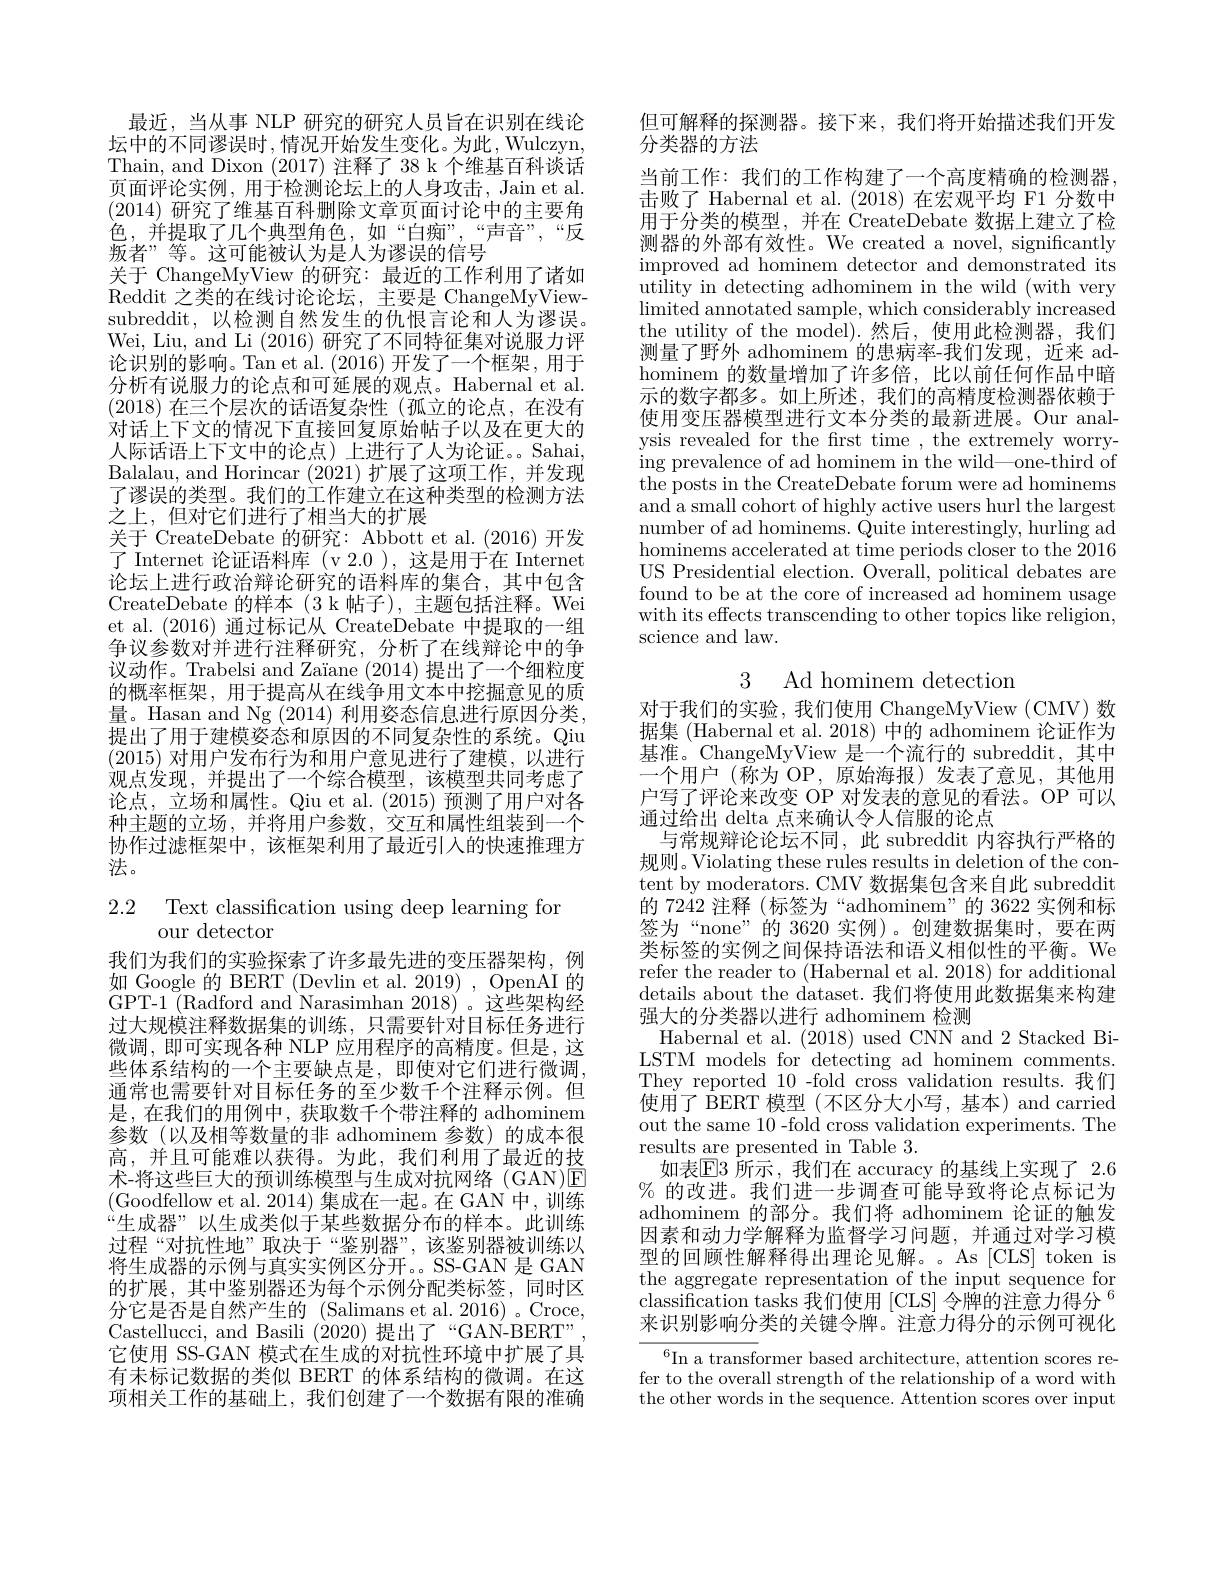
最近，当从事 NLP 研究的研究人员旨在识别在线论坛中的不同谬误时，情况开始发生变化。为此，Wulczyn, Thain, and Dixon (2017)注释了 38 k 个维基百科谈话页面评论实例，用于检测论坛上的人身攻击，Jain et al. (2014)研究了维基百科删除文章页面讨论中的主要角色，并提取了几个典型角色，如“白痴”,“声音”,“反叛者”等。这可能被认为是人为谬误的信号
关于 ChangeMyView 的研究：最近的工作利用了诸如Reddit 之类的在线讨论论坛，主要是 ChangeMyViewsubreddit, 以检测自然发生的仇恨言论和人为谬误。Wei, Liu, and Li (2016) 研究了不同特征集对说服力评论识别的影响。Tan et al.(2016)开发了一个框架，用于分析有说服力的论点和可延展的观点。Habernal et al. (2018)在三个层次的话语复杂性 (孤立的论点，在没有对话上下文的情况下直接回复原始帖子以及在更大的人际话语上下文中的论点)上进行了人为论证。Sahai, Balalau, and Horincar (2021)扩展了这项工作，并发现了谬误的类型。我们的工作建立在这种类型的检测方法之上，但对它们进行了相当大的扩展
关于 CreateDebate 的研究：Abbott et al. (2016)开发了 Internet 论证语料库 (v 2.0 ), 这是用于在 Internet 论坛上进行政治辩论研究的语料库的集合，其中包含CreateDebate 的样本(3 k 帖子),主题包括注释。Wei et al.(2016) 通过标记从 CreateDebate 中提取的一组争议参数对并进行注释研究，分析了在线辩论中的争议动作。Trabelsi and Zaïane (2014)提出了一个细粒度的概率框架，用于提高从在线争用文本中挖掘意见的质量。Hasan and Ng (2014) 利用姿态信息进行原因分类， 提出了用于建模姿态和原因的不同复杂性的系统。Qiu (2015)对用户发布行为和用户意见进行了建模，以进行观点发现，并提出了一个综合模型，该模型共同考虑了论点，立场和属性。Qiu et al.(2015)预测了用户对各种主题的立场，并将用户参数，交互和属性组装到一个协作过滤框架中，该框架利用了最近引人的快速推理方法。

## 2.2 Text classification using deep learning for our detector

我们为我们的实验探索了许多最先进的变压器架构，例如 Google 的 BERT (Devlin et al. 2019) , OpenAI 的GPT-1 (Radford and Narasimhan 2018)。这些架构经过大规模注释数据集的训练，只需要针对目标任务进行微调，即可实现各种 NLP 应用程序的高精度。但是，这些体系结构的一个主要缺点是，即使对它们进行微调， 通常也需要针对目标任务的至少数千个注释示例。但是，在我们的用例中，获取数千个带注释的 adhominem 参数(以及相等数量的非 adhominem 参数)的成本很高，并且可能难以获得。为此，我们利用了最近的技术-将这些巨大的预训练模型与生成对抗网络(GAN)☑ (Goodfellow et al. 2014) 集成在一起。在 GAN 中，训练“生成器”以生成类似于某些数据分布的样本。此训练过程“对抗性地”取决于“鉴别器”,该鉴别器被训练以将生成器的示例与真实实例区分开。SS-GAN 是 GAN 的扩展，其中鉴别器还为每个示例分配类标签，同时区分它是否是自然产生的 (Salimans et al.2016) 。Croce, Castellucci, and Basili (2020)提出了“GAN-BERT” 它使用 SS-GAN 模式在生成的对抗性环境中扩展了具有未标记数据的类似 BERT 的体系结构的微调。在这项相关工作的基础上，我们创建了一个数据有限的准确

但可解释的探测器。接下来，我们将开始描述我们开发
分类器的方法
当前工作：我们的工作构建了一个高度精确的检测器， 击败了 Habernal et al.(2018)在宏观平均 F1 分数中用于分类的模型，并在 CreateDebate 数据上建立了检测器的外部有效性。We created a novel, significantly improved ad hominem detector and demonstrated its utility in detecting adhominem in the wild (with very $\operatorname*{limited}$ annotated sample, which considerably increased the utility of the model).然后，使用此检测器，我们测量了野外 adhominem 的患病率-我们发现，近来 adhominem 的数量增加了许多倍，比以前任何作品中暗示的数字都多。如上所述，我们的高精度检测器依赖于使用变压器模型进行文本分类的最新进展。Our analysis revealed for the first time , the extremely worrying prevalence of ad hominem in the wild—one-third of the posts in the CreateDebate forum were ad hominems and a small cohort of highly active users hurl the largest number of ad hominems. Quite interestingly, hurling ad hominems accelerated at time periods closer to the 2016 US Presidential election. Overall, political debates are found to be at the core of increased ad hominem usage with its effects transcending to other topics like religion, science and law.

3 Ad hominem detection

对于我们的实验，我们使用 ChangeMyView(CMV)数据集 (Habernal et al. 2018) 中的 adhominem 论证作为基准。ChangeMyView 是一个流行的 subreddit, 其中一个用户 (称为 OP,原始海报)发表了意见，其他用户写了评论来改变 OP 对发表的意见的看法。OP 可以通过给出 delta 点来确认令人信服的论点
与常规辩论论坛不同，此 subreddit 内容执行严格的规则。Violating these rules results in deletion of the content by moderators. CMV 数据集包含来自此 subreddit 的 7242 注释 (标签为“adhominem”的 3622 实例和标签为“none”的 3620 实例)。创建数据集时，要在两类标签的实例之间保持语法和语义相似性的平衡。We refer the reader to (Habernal et al. 2018) for additional details about the dataset. 我们将使用此数据集来构建强大的分类器以进行 adhominem 检测
Habernal et al. (2018) used CNN and 2 Stacked BiLSTM models for detecting ad hominem comments. They reported 10-fold cross validation results.我们使用了 BERT 模型 (不区分大小写，基本) and carried out the same 10-fold cross validation experiments. The results are presented in Table 3.
如表$\boxed{\text{E3 所示，我们在 accuracy 的基线上实现了 2.6}}$ % 的改进。我们进一步调查可能导致将论点标记为adhominem 的部分。我们将 adhominem 论证的触发因素和动力学解释为监督学习问题，并通过对学习模型的回顾性解释得出理论见解。。As [CLS] token is the aggregate representation of the input sequence for classification tasks 我们使用[CLS] 令牌的注意力得分$^{6}$ 来识别影响分类的关键令牌。注意力得分的示例可视化
$^{6}$In a transformer based architecture, attention scores re-

fer to the overall strength of the relationship of a word with the other words in the sequence. Attention scores over input